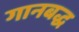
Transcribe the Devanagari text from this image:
गानबद्ध